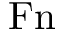
\mathrm { F n }